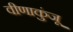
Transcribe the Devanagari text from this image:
वीणाकुंजू